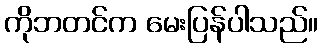
ကိုဘတင်က မေးပြန်ပါသည်။